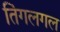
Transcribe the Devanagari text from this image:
तिंगलगल